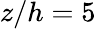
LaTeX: z/h=5